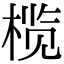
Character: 榄